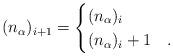
LaTeX: \begin{align*}(n_{\alpha})_{i+1} = \begin{cases} (n_{\alpha})_i & \\ (n_{\alpha})_i+1 & . \end{cases}\end{align*}